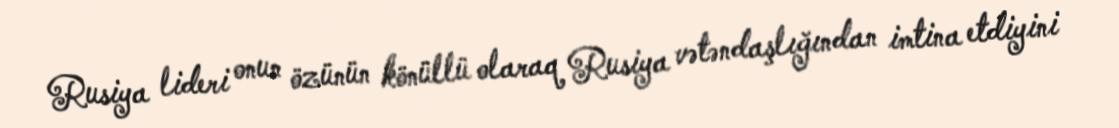
Rusiya lideri onun özünün könüllü olaraq Rusiya vətəndaşlığından imtina etdiyini